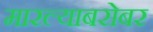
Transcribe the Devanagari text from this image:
मारल्याबरोबर